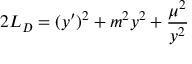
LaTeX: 2 L _ { D } = ( y ^ { \prime } ) ^ { 2 } + m ^ { 2 } y ^ { 2 } + { \frac { \mu ^ { 2 } } { y ^ { 2 } } } \qquad